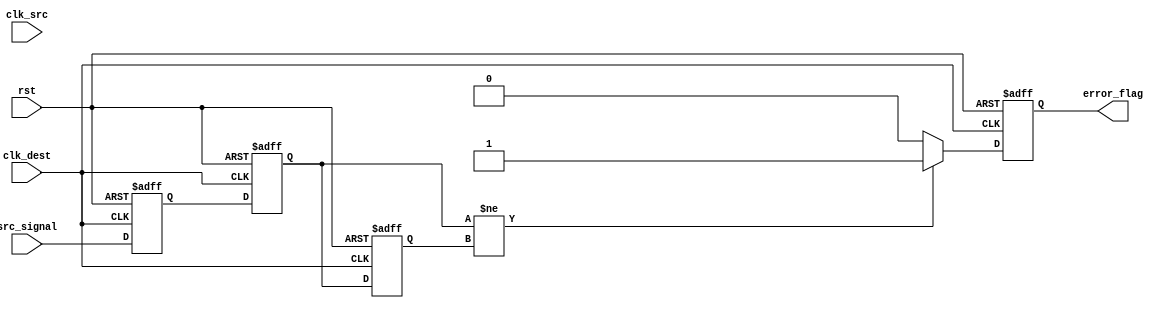
module cdc_detector #(
    parameter WIDTH = 1 // Width of the input signal
)(
    input wire clk_src,        // Source clock
    input wire clk_dest,       // Destination clock
    input wire rst,            // Reset signal
    input wire [WIDTH-1:0] src_signal, // Input signal from source clock domain
    output reg error_flag      // Error flag output
);

    // Synchronizer registers
    reg [WIDTH-1:0] sync_ff1;
    reg [WIDTH-1:0] sync_ff2;

    // Previous state register for edge detection
    reg [WIDTH-1:0] prev_sync_signal;

    // Synchronization process
    always @(posedge clk_dest or posedge rst) begin
        if (rst) begin
            sync_ff1 <= {WIDTH{1'b0}};
            sync_ff2 <= {WIDTH{1'b0}};
            prev_sync_signal <= {WIDTH{1'b0}};
            error_flag <= 1'b0;
        end else begin
            // First stage of synchronization
            sync_ff1 <= src_signal; // Sample the input signal on the destination clock

            // Second stage of synchronization
            sync_ff2 <= sync_ff1;

            // Edge detection logic
            if (sync_ff2 != prev_sync_signal) begin
                error_flag <= 1'b1; // Transition detected
            end else begin
                error_flag <= 1'b0; // No transition
            end
            
            // Update previous state
            prev_sync_signal <= sync_ff2;
        end
    end

endmodule